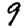
Digit: 9